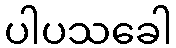
ပါပသခေါ